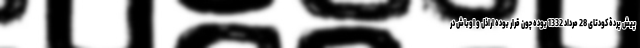
پیش پردۀ کودتای 28 مرداد 1332 بوده چون قرار بوده اراذل و اوباش در